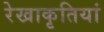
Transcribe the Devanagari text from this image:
रेखाकृतियां